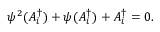
\begin{array} { r } { \psi ^ { 2 } ( A _ { i } ^ { \dagger } ) + \psi ( A _ { i } ^ { \dagger } ) + A _ { i } ^ { \dagger } = 0 . } \end{array}